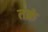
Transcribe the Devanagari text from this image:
तक्रं